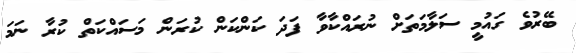
ބޭރުވެ ގައުމީ ސަލާމަތަށް ނުރައްކާވާ ފަދަ ކަންކަން ކުރަން މަސައްކަތް ކުރާ ނަމަ